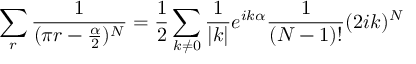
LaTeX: \sum _ { r } \frac { 1 } { ( \pi r - \frac { \alpha } { 2 } ) ^ { N } } = \frac { 1 } { 2 } \sum _ { k \neq 0 } \frac { 1 } { | k | } e ^ { i k \alpha } \frac { 1 } { ( N - 1 ) ! } ( 2 i k ) ^ { N }